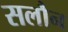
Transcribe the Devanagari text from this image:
सलौन